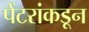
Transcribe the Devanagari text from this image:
पेंटरांकडून